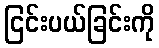
ငြင်းပယ်ခြင်းကို